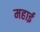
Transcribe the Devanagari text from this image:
महाई